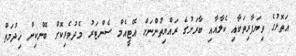
އަތޮޅުގެ ވިޔަފާރިތަކާއި ކެލާއާއި ބާރަށުގެ ރައްޔިތުންނަށް އޭޓީއެމް ސެންޓަރު މެދުވެރިކޮށް ބޭންކިން ޚިދުމަތް